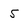
Character: 5